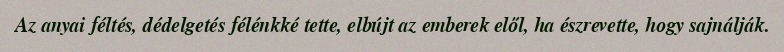
Az anyai féltés, dédelgetés félénkké tette, elbújt az emberek elől, ha észrevette, hogy sajnálják.